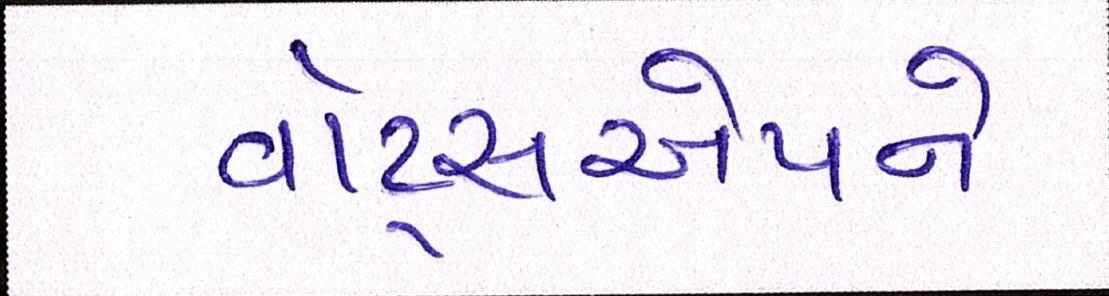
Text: વૉટ્સએપને